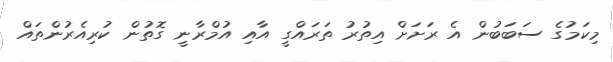
މިކަމުގެ ސަބަބުން އެ ރަށަށް އިތުރު ތަރައްގީ އާއި އުމްރާނީ ގޮތުން ކުރިއެރުންތައް